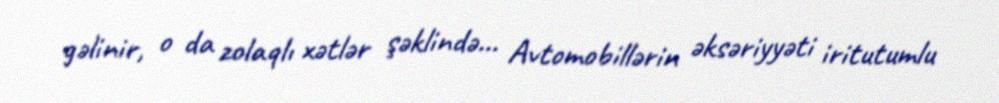
gəlinir, o da zolaqlı xətlər şəklində... Avtomobillərin əksəriyyəti iritutumlu